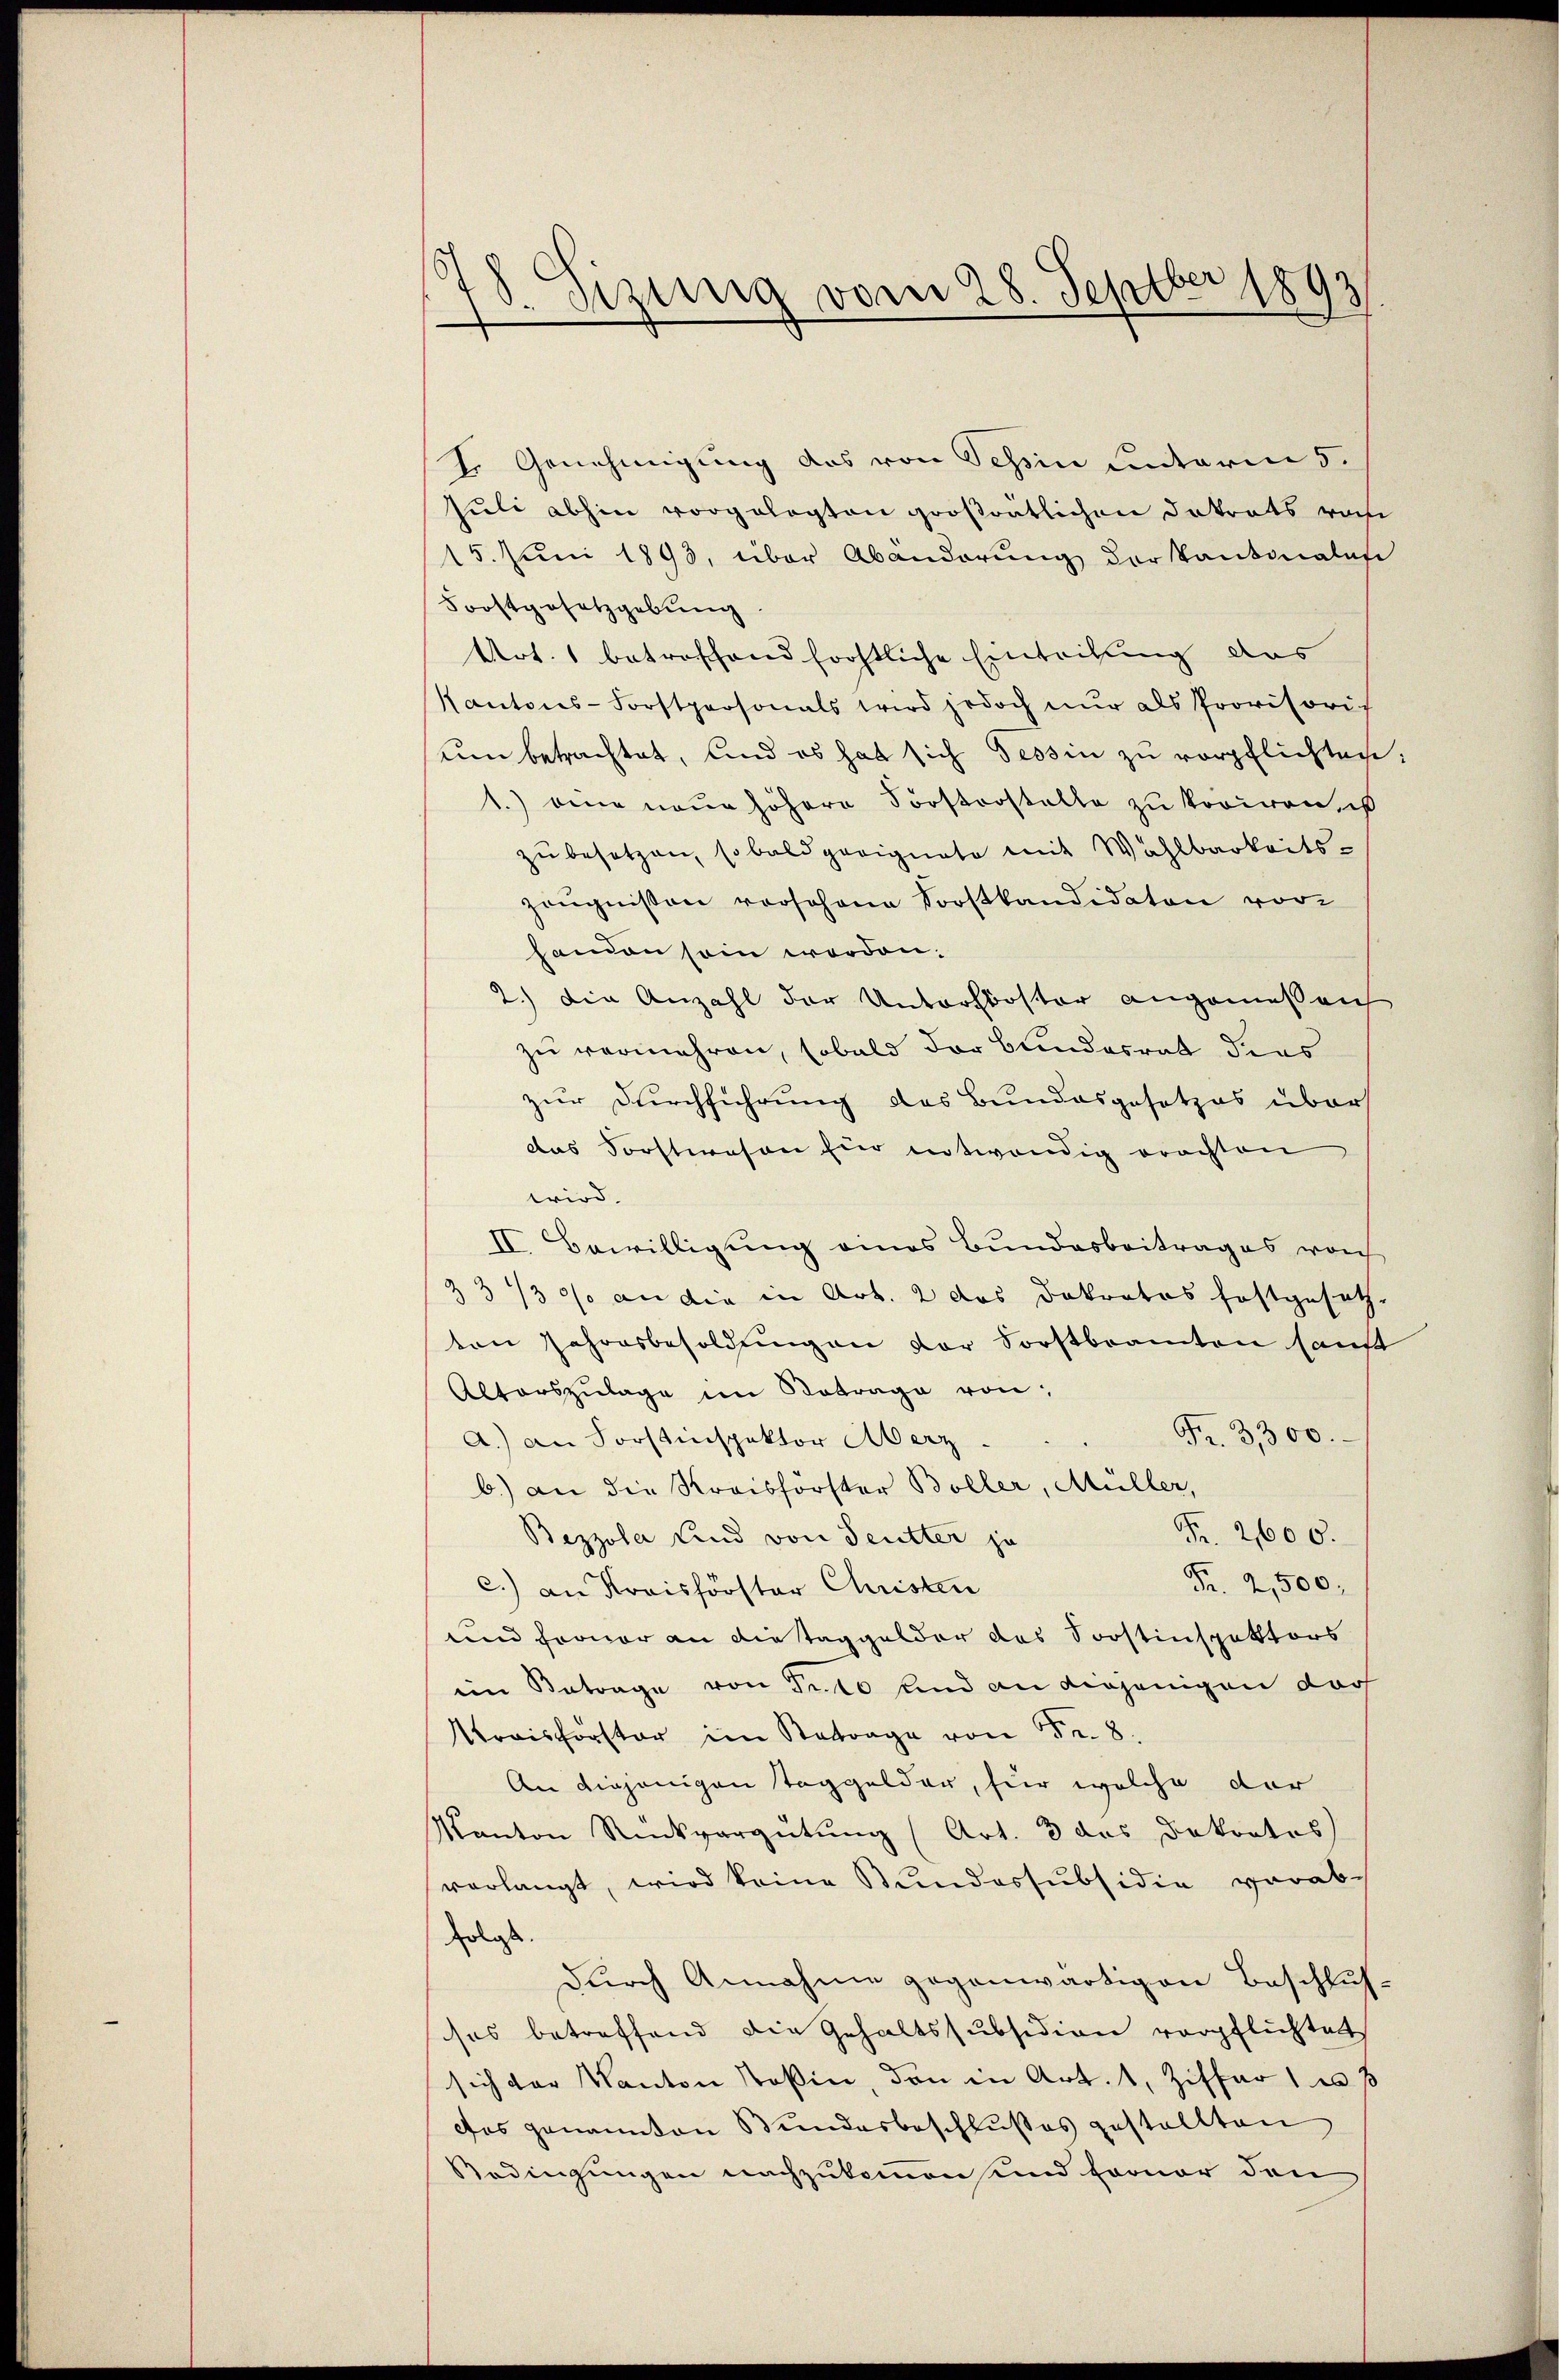
6
S. sezung vom 28. Septber 1893

I. Genehmigung das von Tessin unterm 5.
Juli abhin vorgelegten großrätlichen Datrats rohe
15. Juni 1893, über Abänderung der Kantonales
Forstgesetzgebung
Art. 1 betreffend forstliche Eintribung das
Kantons-Forstpersonals wird jedoch nŭr als Provisoris
um betrachtet, und es hat sich Tessin zu verpflichten:
1.) eine neue höhere Forstorstelle zu koriren, ist
zu besetzen, sobald geeignete mit Wahlbarkeits-
zeŭgnissen vorsohne Forstkandidaten vor
handen sein worden.
2.) Die Anzahl der Unterskoster angemeßenh
zu vermehren, sobald der Bundesrat dies
zur Durchführung des Bundesgesetzes über
das Forstwesen für entwendig erachten
wird.
II. Bewilligung eines Bundesbeitrages vor
Z 3 1/3 an die in Art. 2 das Dokratos festgesetz-
ton Jahresbesoldungen vor Forstbeamten sanft
Altorszulage im Betrage von
Fr. 3300.
A.) an Forstinspektor Aberz
b.) an die Kreisförster Boller, Müller,
Fr. 2600.
Bezzola Kind von Seutter je
Fr. 2,500.
c.) an Kreisförster Christen
und Ferner an die Taggelder das Soostinspektors
eim Betrage von Fr. 10 und an diejenigen darf
Preisförster im Betrage von 15. 8.
An diejenigen Taggelder, für welche der
Kanton Rückvergütung (Art. 3 das Dekortos
verlangt, wird keine Bundessubsidia verab-
Erlass.
durch Annahme gegenwärtigen Beschlus
ses betreffend die Gehaltssubsidion verpflichtet
sich der Kanton Teßin, den in Art. 1, Ziffer u. s
des genannten Bundesbeschlußes gestellten
Bedingungen nachzukommen und ferner den